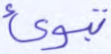
تبوئ